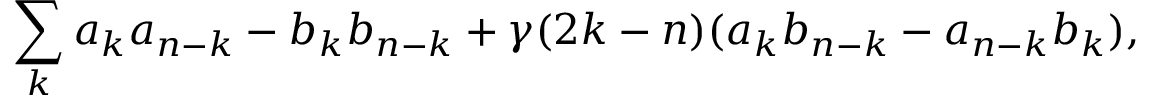
\sum _ { k } a _ { k } a _ { n - k } - b _ { k } b _ { n - k } + \gamma ( 2 k - n ) ( a _ { k } b _ { n - k } - a _ { n - k } b _ { k } ) ,